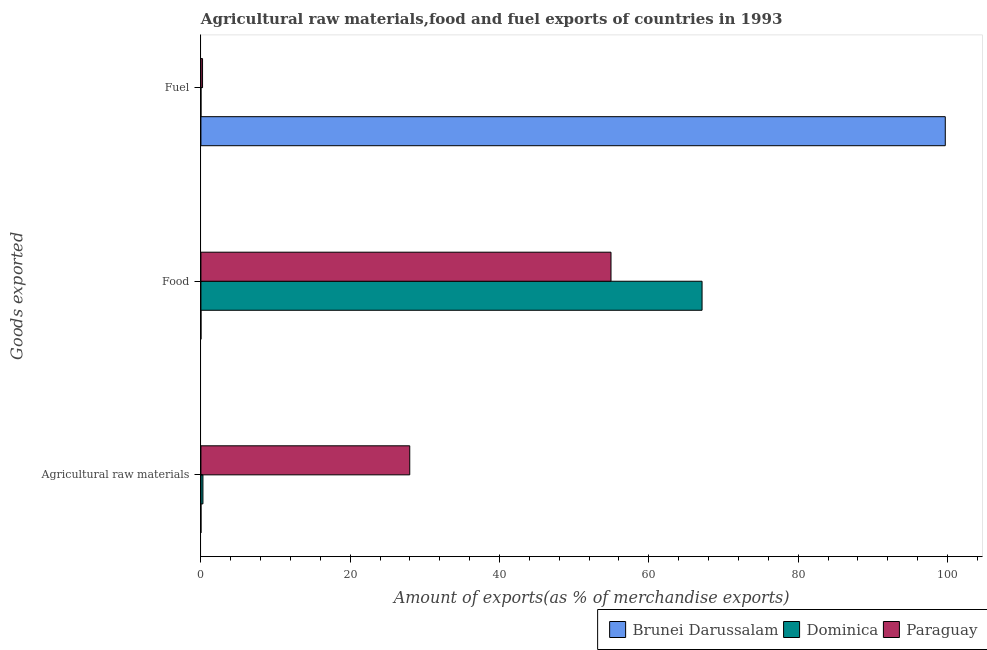
| Goods exported | Brunei Darussalam | Dominica | Paraguay |
 | --- | --- | --- | --- |
 | Agricultural raw materials | 0.000786 | 0.27 | 28 |
 | Food | 0.000288 | 67.1 | 54.9 |
 | Fuel | 99.7 | 0.000239 | 0.219 |